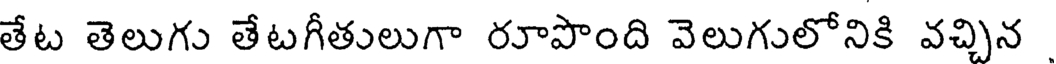
తేట తెలుగు తేటగీతులుగా రూపొంది వెలుగులోనికి వచ్చిన